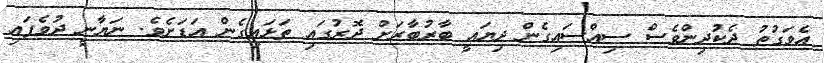
އެވަގުތު ދެކުދިންވެސް ސިއްސައިގެން ދިޔައީ ބާރުބާރަށް ދޮރުގައި ތަޅައިގެން އަޑަށެވެ. ނަޔާނީ ދުވެފައި